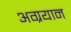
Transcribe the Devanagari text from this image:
अग्रयान